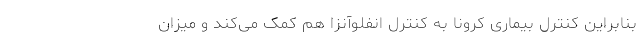
بنابراین کنترل بیماری کرونا به کنترل انفلوآنزا هم کمک می‌کند و میزان